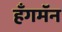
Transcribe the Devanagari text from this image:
हँगमॅन